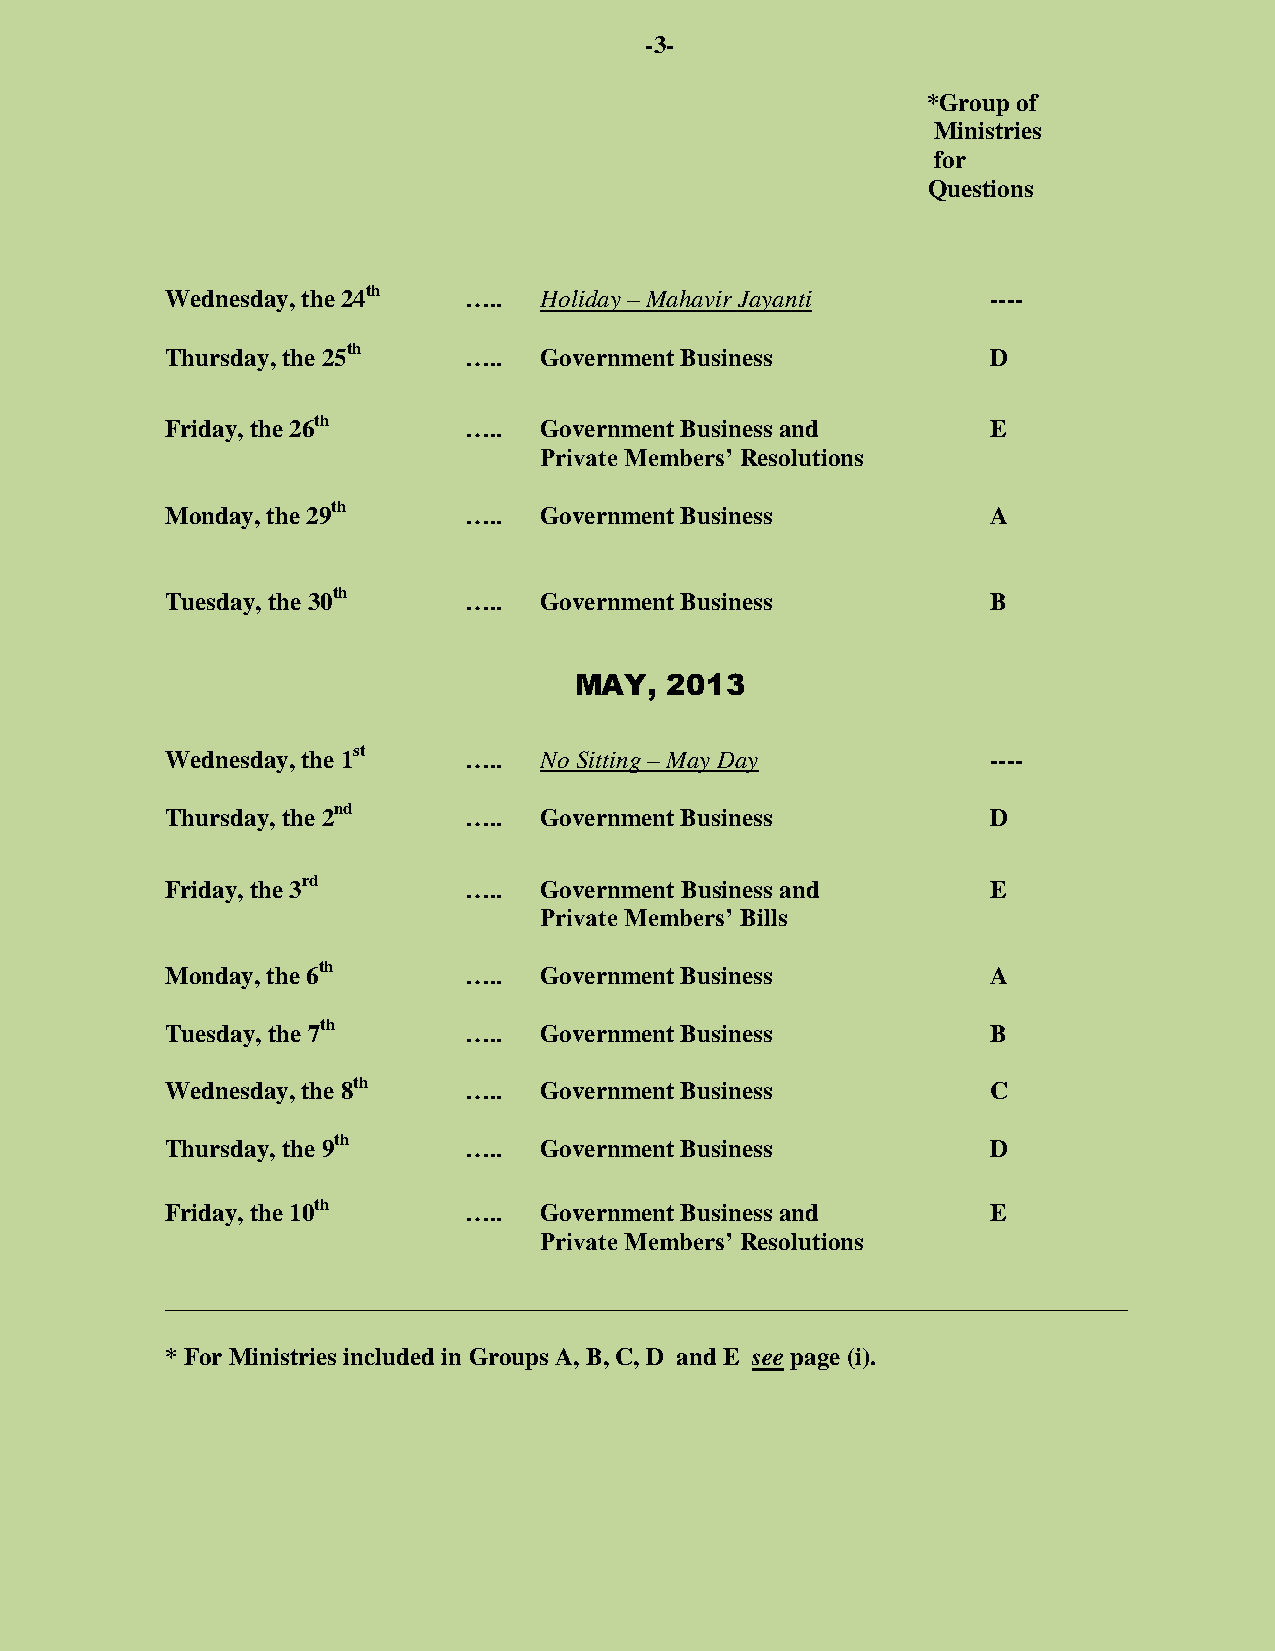
-3-
 *Group of
 Ministries
 for
 Questions
 Wednesday, the 24th …..  Holiday – Mahavir Jayanti     ----
 Thursday, the 25th  …..  Government Business           D
 Friday, the 26th    …..  Government Business and       E
 Private Members’ Resolutions
 Monday, the 29th    …..  Government Business           A
 Tuesday, the 30th   …..  Government Business           B
 MAY,  2013
 Wednesday, the 1st  …..  No Sitting – May Day          ----
 Thursday, the 2nd   …..  Government Business           D
 Friday, the 3rd     …..  Government Business and       E
 Private Members’ Bills
 Monday, the 6th     …..  Government Business           A
 Tuesday, the 7th    …..  Government Business           B
 Wednesday, the 8th  …..  Government Business           C
 Thursday, the 9th   …..  Government Business           D
 Friday, the 10th    …..  Government Business and       E
 Private Members’ Resolutions
 _____________________________________________________________________________
 * For Ministries included in Groups A, B, C, D and E see page (i).